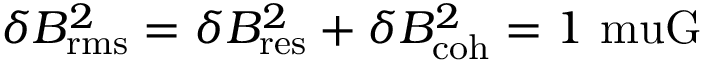
\delta B _ { \mathrm { r m s } } ^ { 2 } = \delta B _ { \mathrm { r e s } } ^ { 2 } + \delta B _ { \mathrm { c o h } } ^ { 2 } = 1 \mathrm { \ m u G }